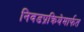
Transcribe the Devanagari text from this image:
निवडप्रक्रियेमार्फत